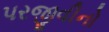
પરજીવીનો